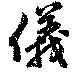
儀